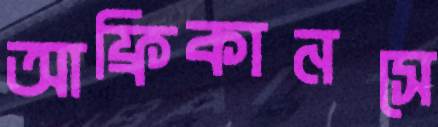
আফ্রিকানসে